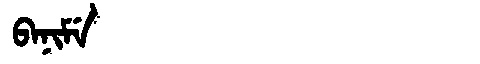
Manchu: ᠪᠠᠨᡳᠮᡝ
Romanization: BANIME